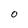
Character: O